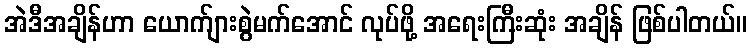
အဲဒီအချိန်ဟာ ယောက်ျားစွဲမက်အောင် လုပ်ဖို့ အရေးကြီးဆုံး အချိန် ဖြစ်ပါတယ်။